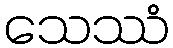
သေဿံ